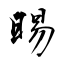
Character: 晹